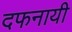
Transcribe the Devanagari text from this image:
दफनायी